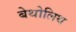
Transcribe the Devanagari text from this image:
बेथोलिथ